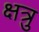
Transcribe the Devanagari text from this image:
क्षत्रु